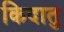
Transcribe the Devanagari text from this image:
किदातु